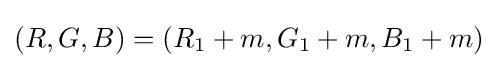
(R,G,B)=(R_{1}+m,G_{1}+m,B_{1}+m)